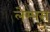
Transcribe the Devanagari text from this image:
लेम्पस